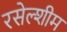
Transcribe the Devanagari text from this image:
रसेल्शीम